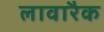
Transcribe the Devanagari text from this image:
लावारैक